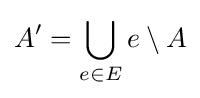
A'=\bigcup _{e\in E}e\setminus A